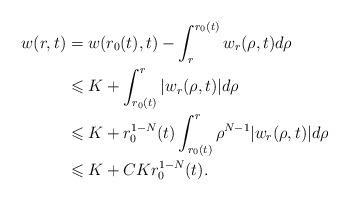
LaTeX: \begin{align*} w(r,t) & = w(r_{0}(t),t)- \int_{r}^{r_{0}(t)}w_{r}(\rho,t)d\rho \\ & \leqslant K+\int_{r_{0}(t)}^{r}\vert w_{r}(\rho,t)\vert d\rho \\ & \leqslant K +r_{0}^{1-N}(t) \int_{r_{0}(t)}^{r} \rho^{N-1}\vert w_{r}(\rho,t)\vert d\rho \\ & \leqslant K +CKr_{0}^{1-N}(t). \end{align*}